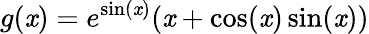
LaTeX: g(\mathit{x})=e^{\sin(\mathit{x})}(\mathit{x}+\cos(\mathit{x})\sin(\mathit{x}))